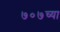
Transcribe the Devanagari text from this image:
७०७च्या